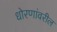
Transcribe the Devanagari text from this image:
धोरणांवरील